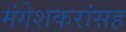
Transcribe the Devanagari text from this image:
मंगेशकरांसह